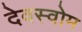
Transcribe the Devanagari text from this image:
देवस्‍वोम